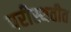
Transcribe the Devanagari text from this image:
परीस्थतीत